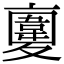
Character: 𩏉